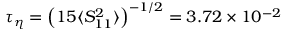
\tau _ { \eta } = \left( { 1 5 \langle S _ { 1 1 } ^ { 2 } \rangle } \right) ^ { - 1 / 2 } = 3 . 7 2 \times 1 0 ^ { - 2 }